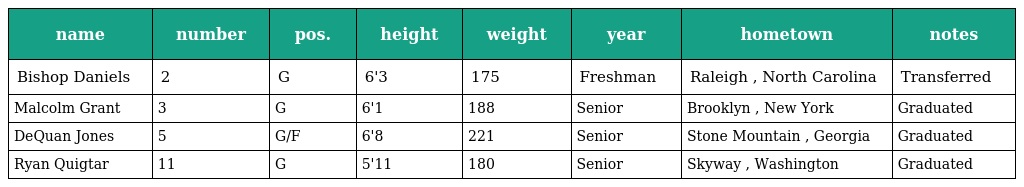
| name | number | pos. | height | weight | year | hometown | notes |
 | --- | --- | --- | --- | --- | --- | --- | --- |
 | Bishop Daniels | 2 | G | 6'3 | 175 | Freshman | Raleigh , North Carolina | Transferred |
 | Malcolm Grant | 3 | G | 6'1 | 188 | Senior | Brooklyn , New York | Graduated |
 | DeQuan Jones | 5 | G/F | 6'8 | 221 | Senior | Stone Mountain , Georgia | Graduated |
 | Ryan Quigtar | 11 | G | 5'11 | 180 | Senior | Skyway , Washington | Graduated |